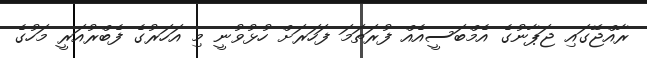
ރާއްޖޭގައި ޖަޕާނުގެ އެމްބަސީއެއް ފުރަތަމަ ފަހަރަށް ހުޅުވުނީ މި އަހަރުގެ ފެބްރުއަރީ މަހުގެ